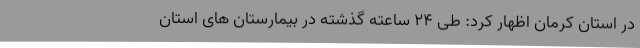
در استان کرمان اظهار کرد: طی 24 ساعته گذشته در بیمارستان های استان